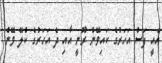
އެއީ ފަސް އަހަރުގެ ކައިވޭން ރޫނީ އާއި ދެ އަހަރުގެ ކްލޭ ވޭން